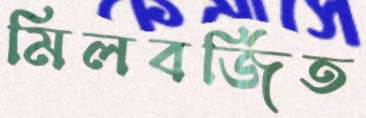
মিলবর্জিত